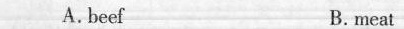
A.beef B.meat